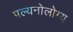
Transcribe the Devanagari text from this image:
पल्यनोलोग्य